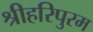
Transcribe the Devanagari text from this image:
श्रीहरिपुरम